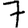
Digit: 7